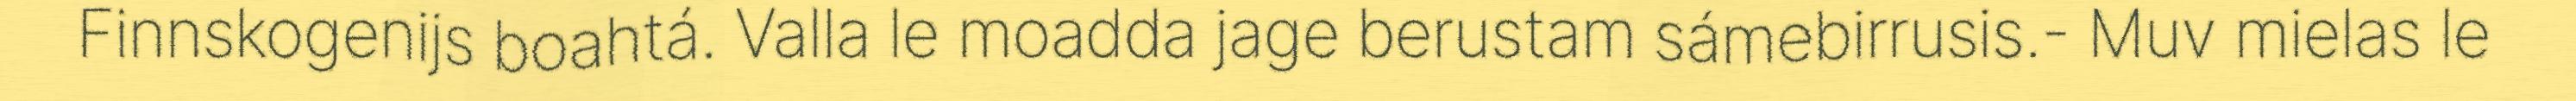
Finnskogenijs boahtá. Valla le moadda jage berustam sámebirrusis.- Muv mielas le